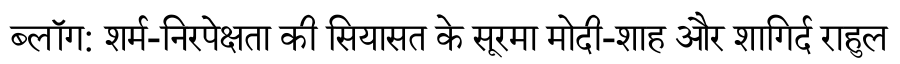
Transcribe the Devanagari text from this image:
ब्लॉग: शर्म-निरपेक्षता की सियासत के सूरमा मोदी-शाह और शागिर्द राहुल